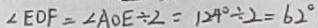
\angle E D F = \angle A O E \div 2 = 1 2 4 ^ { \circ } \div 2 = 6 2 ^ { \circ }